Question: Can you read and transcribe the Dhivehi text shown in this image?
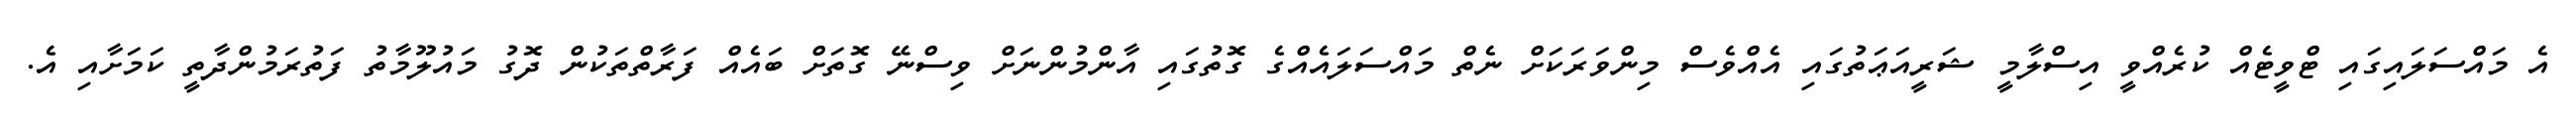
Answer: އެ މައްސަލައިގައި ޓްވީޓެއް ކުރެއްވީ އިސްލާމީ ޝަރީއަޢަތުގައި އެއްވެސް މިންވަރަކަށް ނެތް މައްސަލައެއްގެ ގޮތުގައި އާންމުންނަށް ވިސްނޭ ގޮތަށް ބައެއް ފަރާތްތަކުން ދޮގު މައުލޫމާތު ފަތުރަމުންދާތީ ކަމަށާއި އެ.